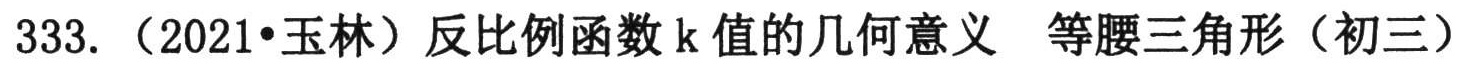
333. （2021•玉林）反比例函数k值的几何意义 等腰三角形（初三）